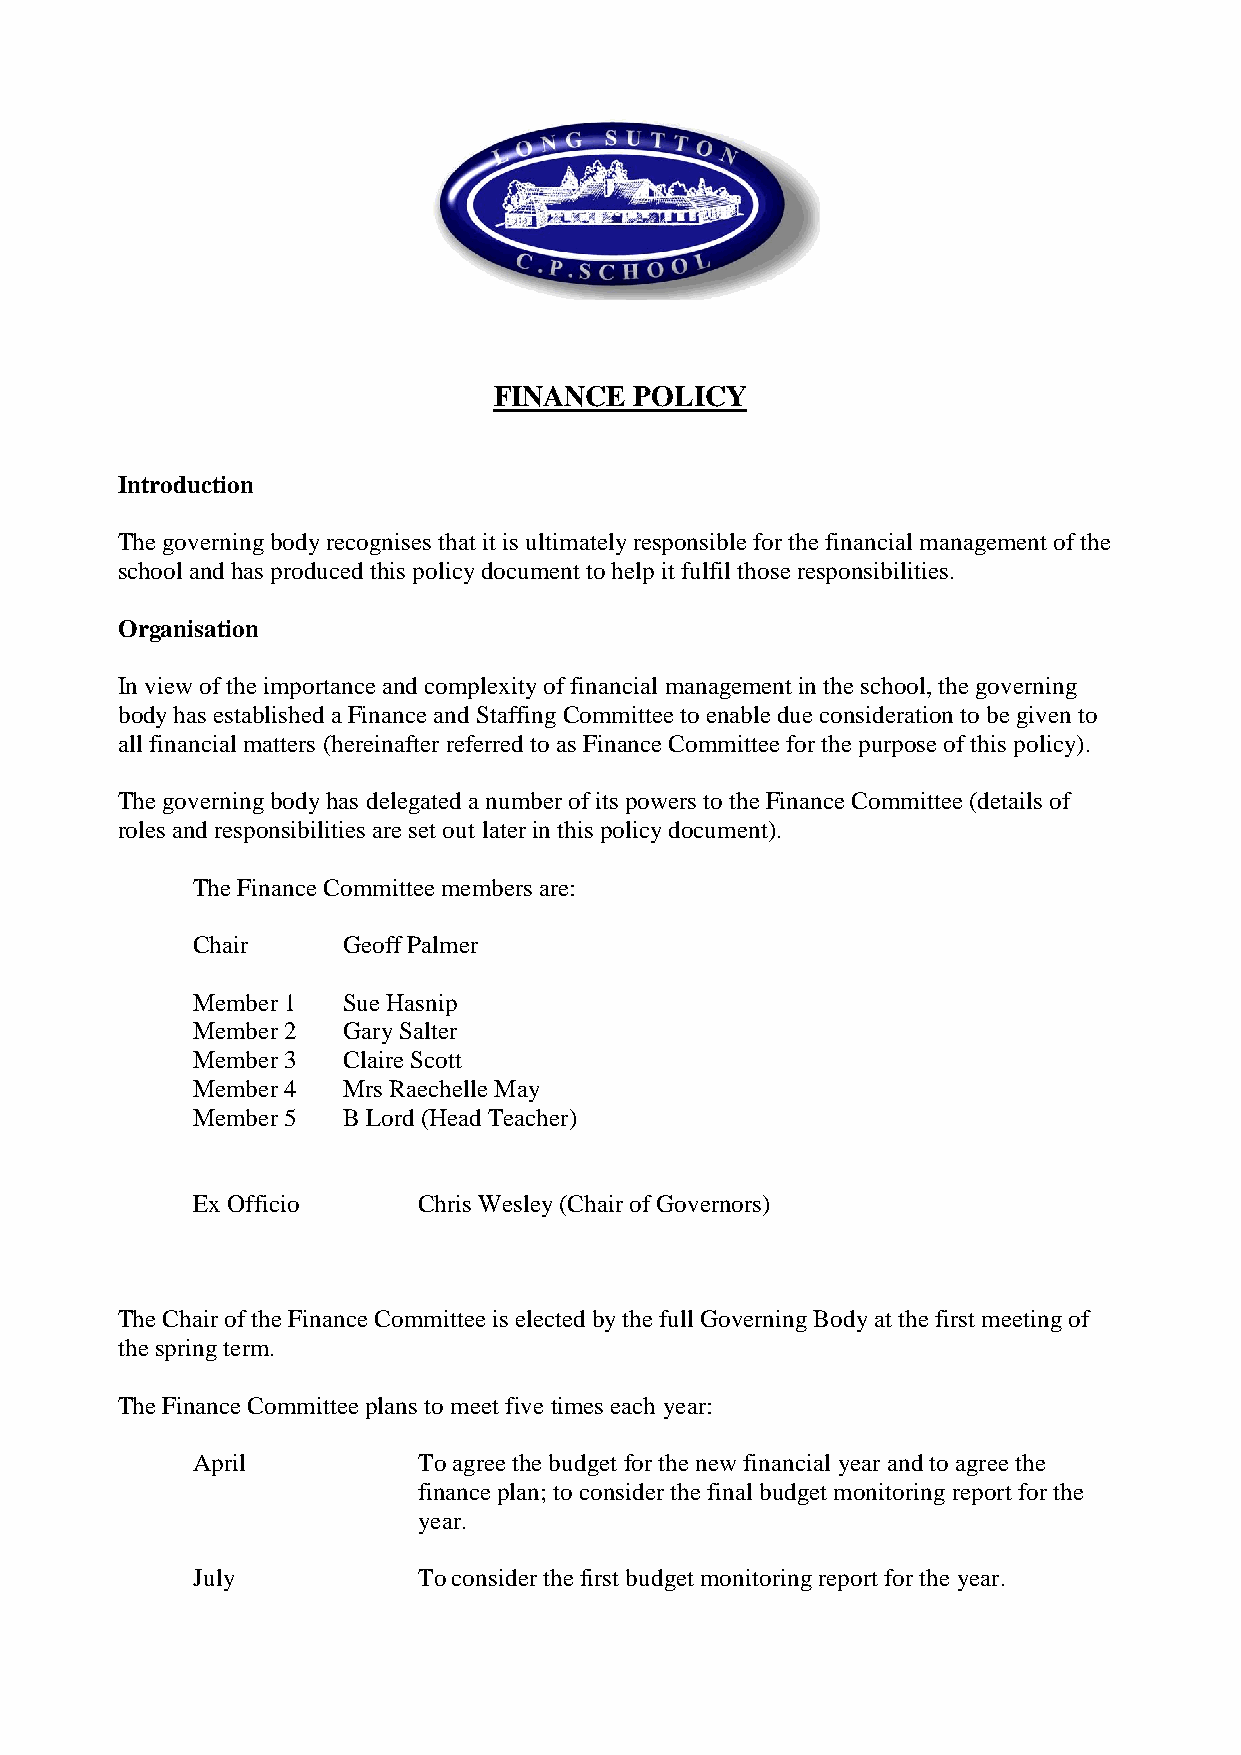
FINANCE  POLICY
 Introduction
 The governing body recognises that it is ultimately responsible for the financial management of the
 school and has produced this policy document to help it fulfil those responsibilities.
 Organisation
 In view of the importance and complexity of financial management in the school, the governing
 body has established a Finance and Staffing Committee to enable due consideration to be given to
 all financial matters (hereinafter referred to as Finance Committee for the purpose of this policy).
 The governing body has delegated a number of its powers to the Finance Committee (details of
 roles and responsibilities are set out later in this policy document).
 The Finance Committee members are:
 Chair     Geoff Palmer
 Member 1  Sue Hasnip
 Member 2  Gary Salter
 Member 3  Claire Scott
 Member 4  Mrs Raechelle May
 Member 5  B Lord (Head Teacher)
 Ex Officio     Chris Wesley (Chair of Governors)
 The Chair of the Finance Committee is elected by the full Governing Body at the first meeting of
 the spring term.
 The Finance Committee plans to meet five times each year:
 April          To agree the budget for the new financial year and to agree the
 finance plan; to consider the final budget monitoring report for the
 year.
 July           To consider the first budget monitoring report for the year.